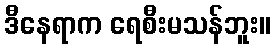
ဒီနေရာက ရေစီးမသန်ဘူး။